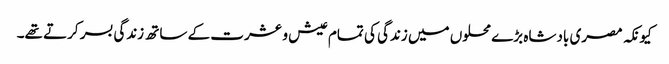
کیونکہ مصری بادشاہ بڑے محلوں میں زندگی کی تمام عیش و عشرت کے ساتھ زندگی بسر کرتے تھے۔